Bréfritari: Malene Jensdóttir
Viðtakandi: Páll Pálsson
Dagsetning: A-1823-06-08
Skrifað á: Hallfreðarstöðum  N-Múl.

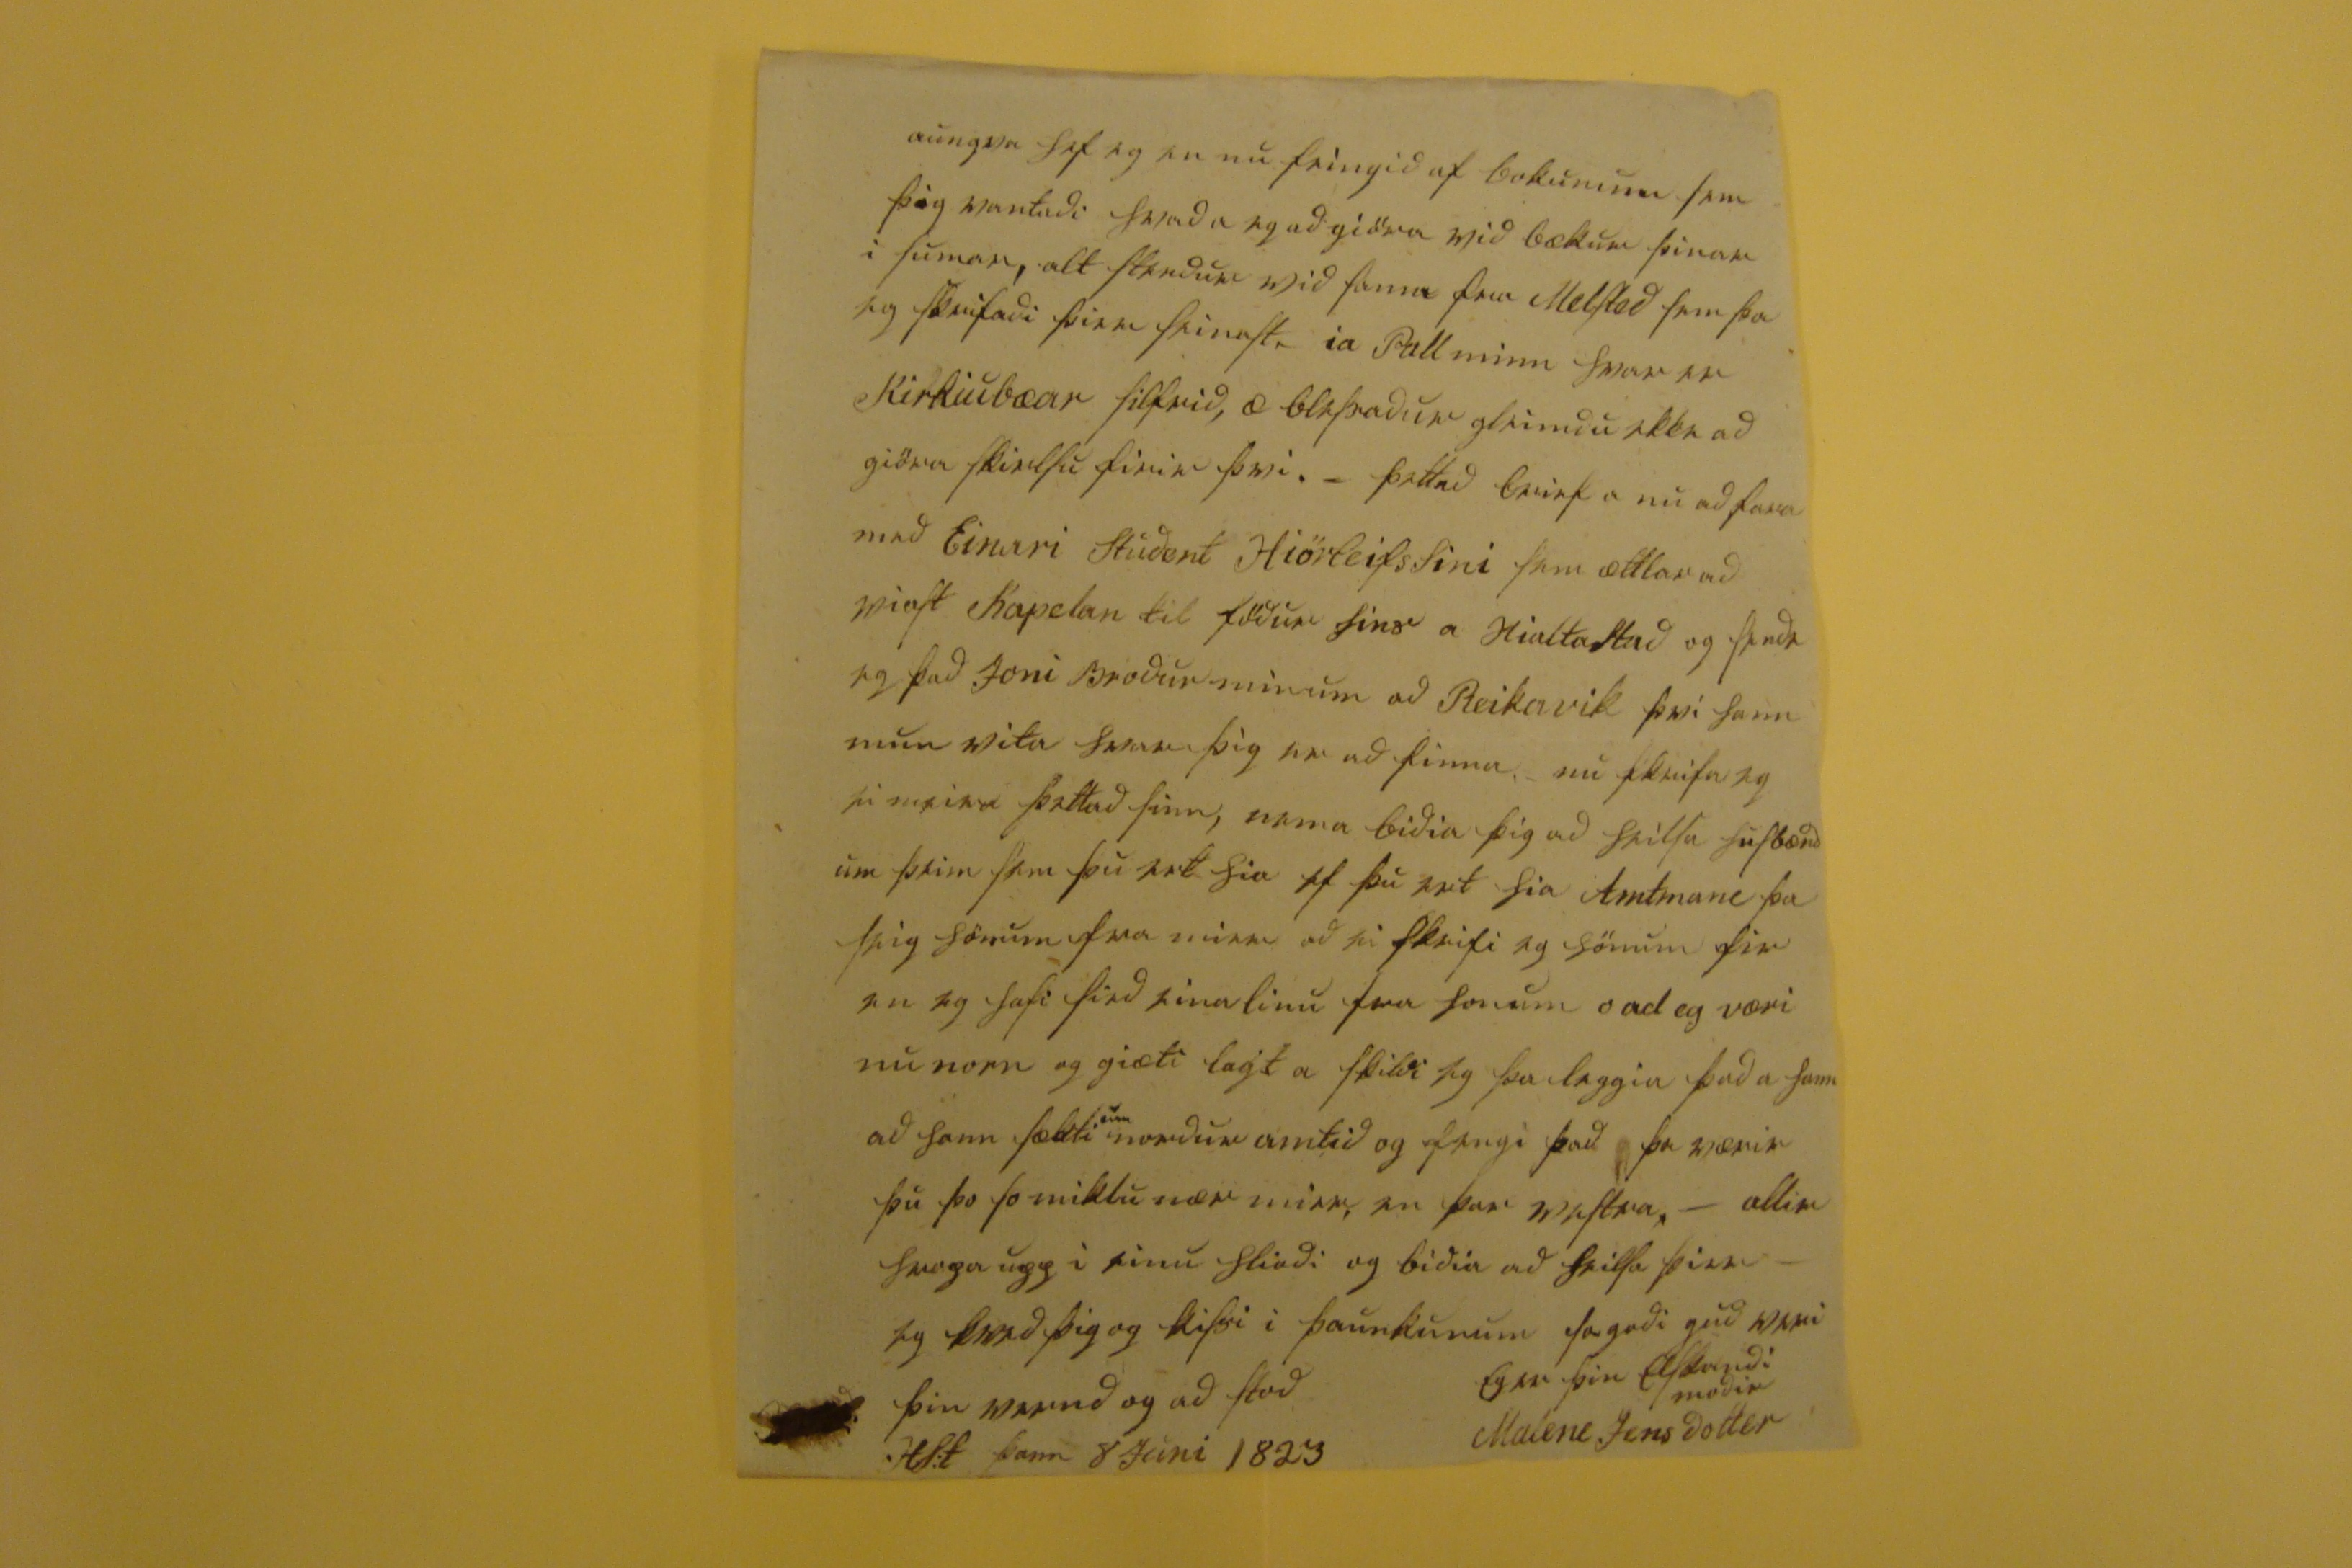

aungvar hef eg nu feingid af bokunum sem þig vantadi hvad a eg ad giöra vid bækur þinar i sumar, alt stendur vid sama fra Melsted fra þa eg skrifadi þier seinast, ia Pall minn hvar er Kirkiubæar silfrid, æ blessadur gleimdu ekki ad giöra skirslu firir þvi. _ þettað brief a nu ad fara med Einari Student Hiörleifssini sem ættlar ad viast Kapelan til födur sins a Hialtastad og sendi eg þad Joni Brodur minum ad Reikavik þvi hann mun vita hvar þig er ad finna, nu skrifa eg ei meira þettad sinn, nema bidia þig ad heilsa husbændum þeim sem þu ert hia ef þu ert hia Amtmane þa seig hönum fra mier ad ei skrifi eg hönum fir en eg hafi sied eina linu fra honum o ad eg væri nu norn og giæti lagt a skildi eg þa leggia þad a hann ad hann sækti
um
nordur amtid og fengi þad þa værir þu þo so miklu nær mier, en þar vestra. - allir
hvapa
upp i sinu hliodi og bidia ad heilsa þier - eg kved þig og kissi i þaunkunum sa godi gud veri þin varud og ad stod
Eg er þin elskandi modir
Malene Jensdottir
HS:t þann 8 Juni 1823